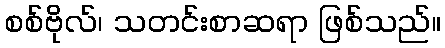
စစ်ဗိုလ်၊ သတင်းစာဆရာ ဖြစ်သည်။